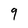
Character: 9